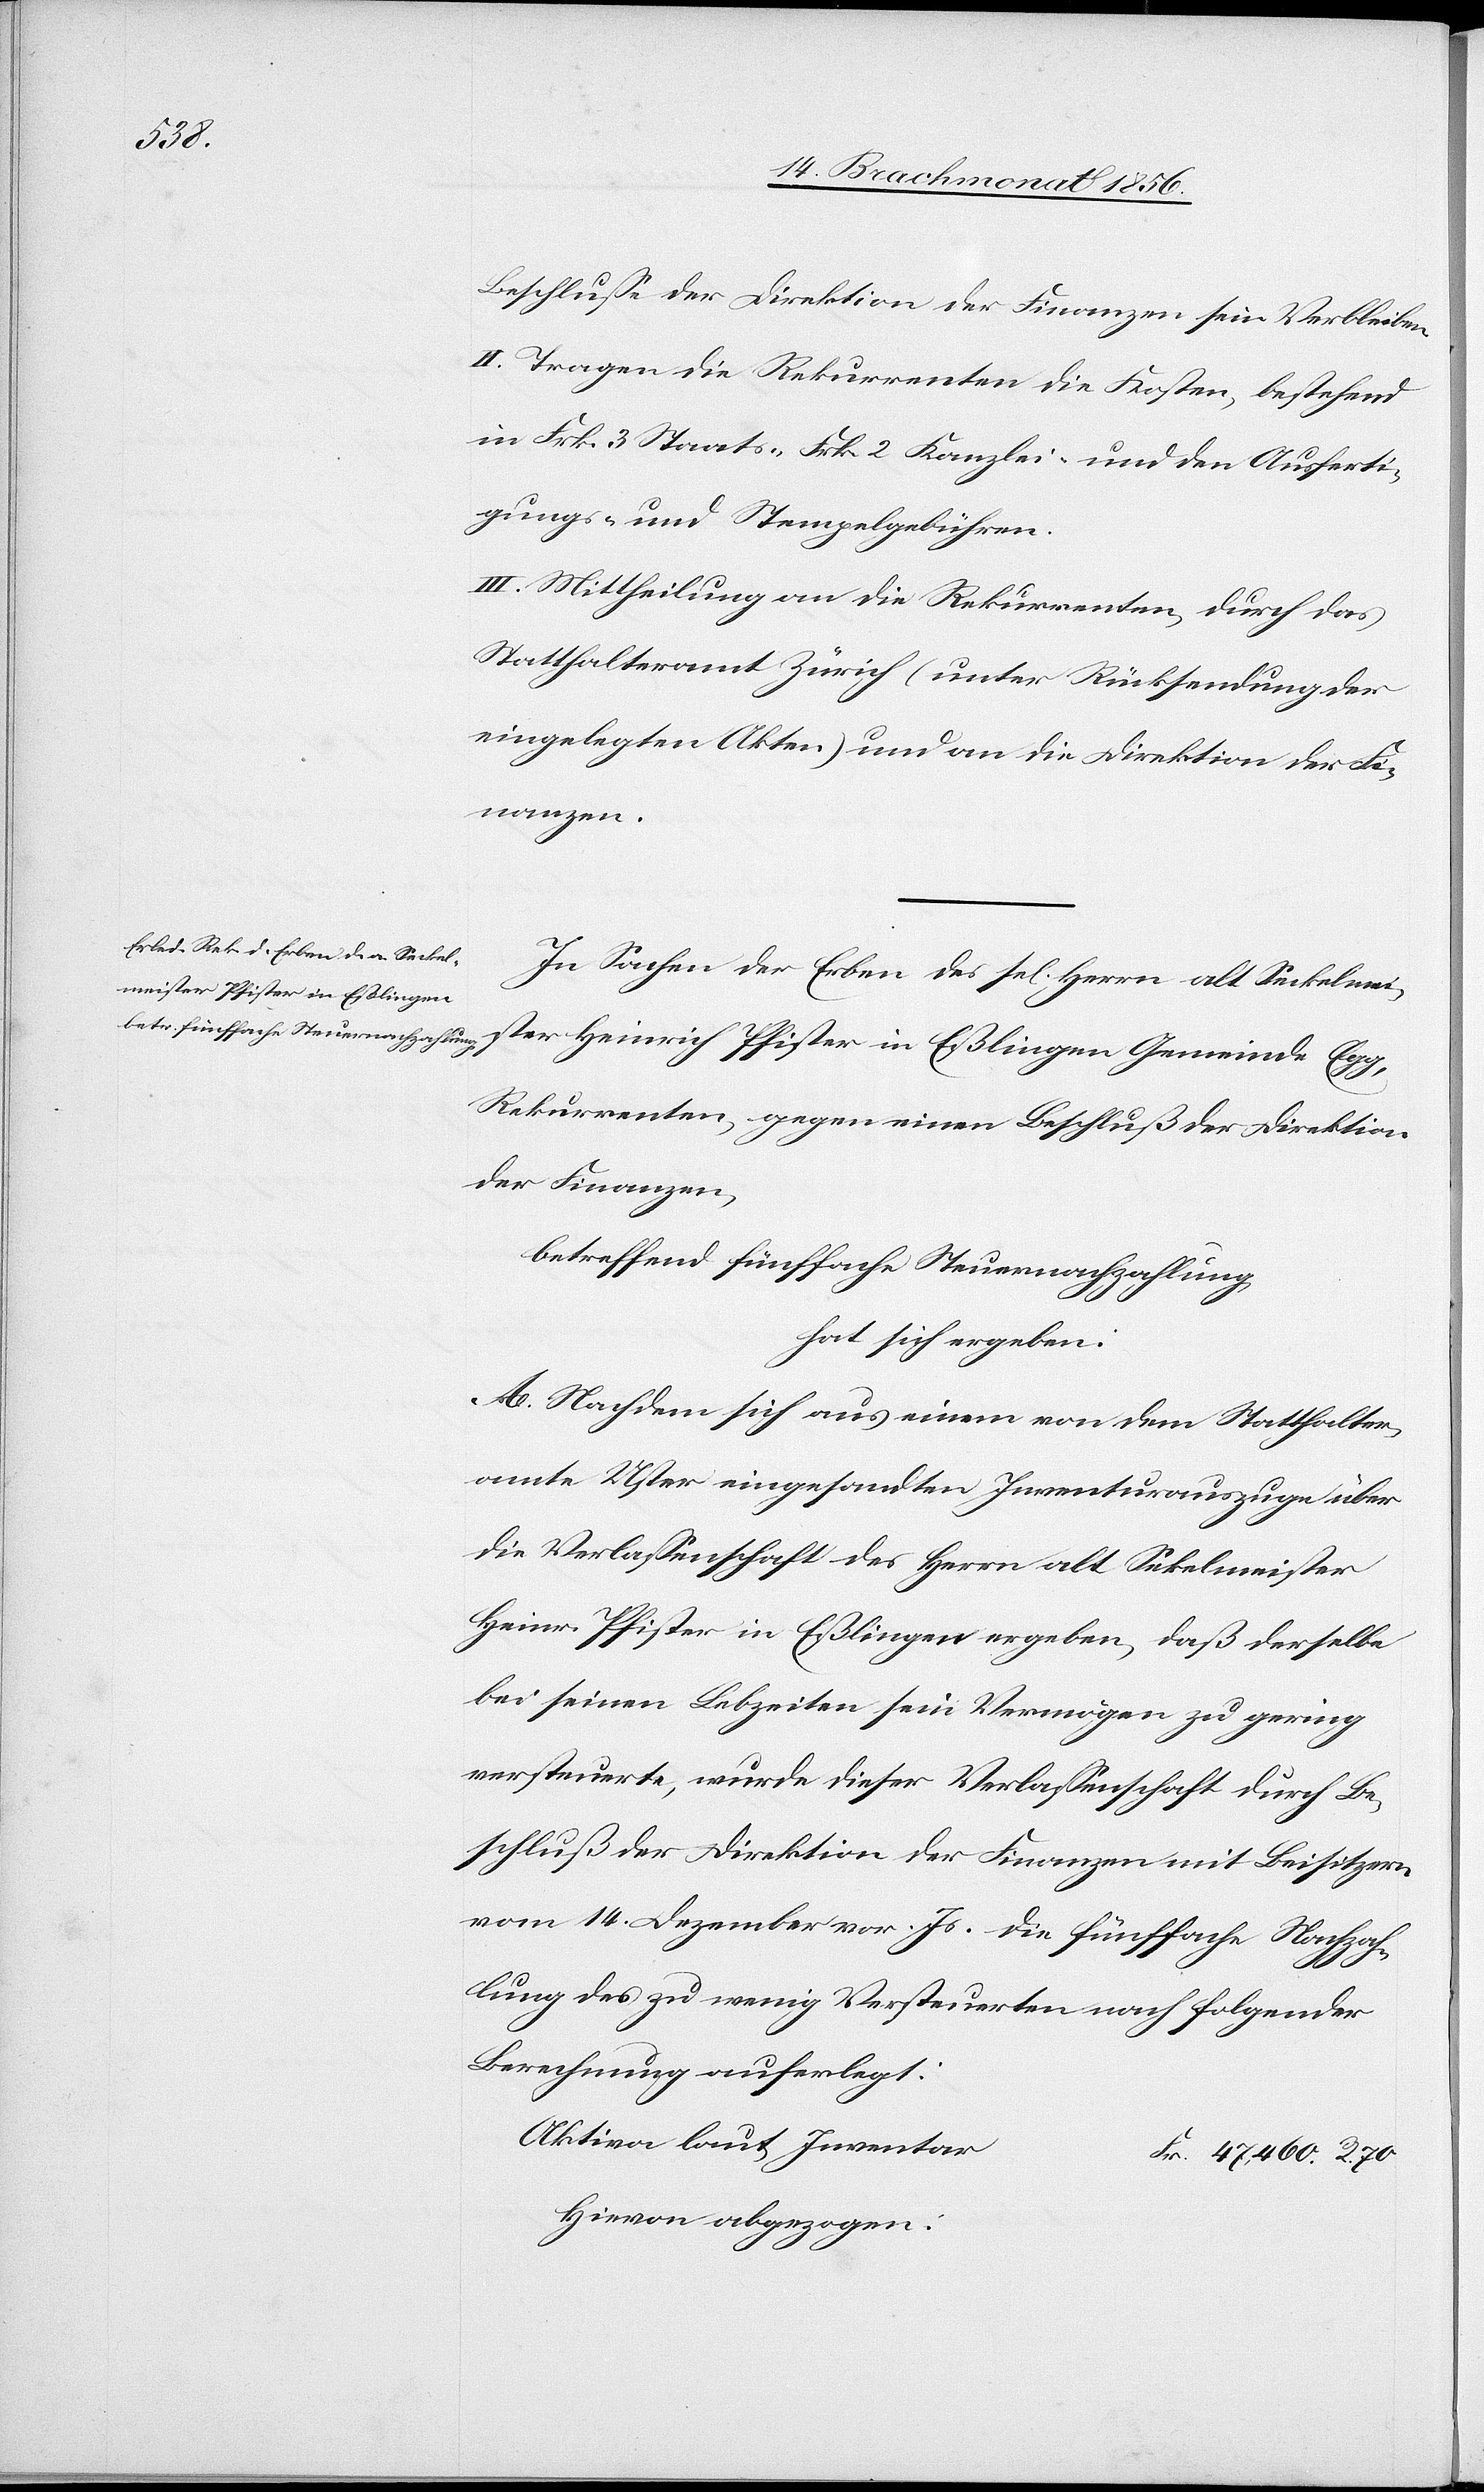
Beschlusse der Direktion der Finanzen sein Verbleiben.
II. Tragen die Rekurrenten die Kosten, bestehend
in Frk. 3 Staats-[,] Frk. 2 Kanzlei- und den Ausferti¬
gungs- und Stempelgebühren.
III. Mittheilung an die Rekurrenten, durch das
Statthalteramt Zürich (unter Rücksendung der
eingelegten Akten) und an die Direktion der Fi¬
nanzen.
In Sachen der Erben des sel. Herrn alt Seckelmei¬
ster Heinrich Pfister in Eßlingen Gemeinde
R.
Rekurrenten, gegen einen Beschluß der Direktion
der Finanzen,
betreffend fünffache Steuernachzahlung,
hat sich ergeben:
A. Nachdem sich aus einem von dem Statthalter¬
amte Uster eingesandten Inventurauszuge über
die Verlassenschaft des Herrn alt Seckelmeister
Heinr. Pfister in Eßlingen ergeben, daß derselbe
bei seinen Lebzeiten sein Vermögen zu gering
versteuerte, wurde dieser Verlassenschaft durch Be¬
schluß der Direktion der Finanzen mit Beisitzern
vom 14. Dezember vor. Js. die fünffache Nachzah¬
lung des zu wenig Versteuerten nach folgender
Berechnung auferlegt:
Aktiva laut Inventar
Hievon abgezogen: